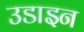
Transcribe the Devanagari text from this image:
उडाइन